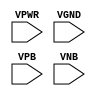
module sky130_fd_sc_ms__fill_diode (
    VPWR,
    VGND,
    VPB ,
    VNB
);

    // Module ports
    input VPWR;
    input VGND;
    input VPB ;
    input VNB ;
     // No contents.
endmodule